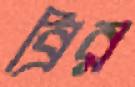
ব্রির